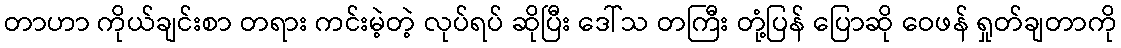
တာဟာ ကိုယ်ချင်းစာ တရား ကင်းမဲ့တဲ့ လုပ်ရပ် ဆိုပြီး ဒေါ်သ တကြီး တုံ့ပြန် ပြောဆို ဝေဖန် ရှုတ်ချတာကို